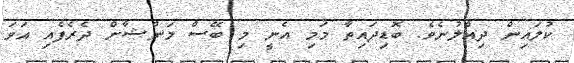
ކުލައިން ދިއްލުނެވެ. ބޮޑިދައިތާ މަމި އެނީ މި ބޭސް މަންޝާށް ދެރެފެއި އަވަ